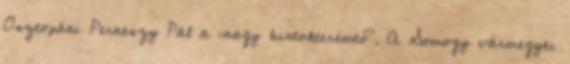
Osztopáni Perneszy Pál a „nagy birtokteremtő". A Somogy vármegyei